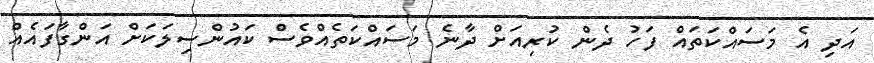
އަދި އެ މަސައްކަތައް ފަހު ދެން ކުރިއަށް ދާނެ މަސައްކަތެއްވެސް ކައުންސިލަކަށް އަންގާފައެއް